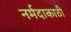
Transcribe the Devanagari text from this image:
नर्मदाकाठी